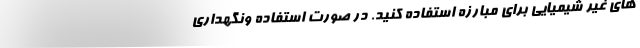
های غیر شیمیایی برای مبارزه استفاده کنید. در صورت استفاده ونگهداری